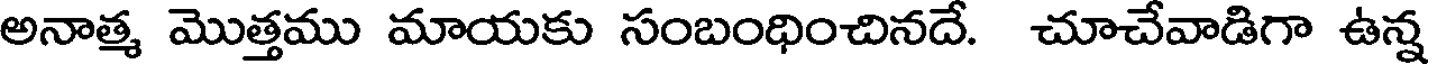
అనాత్మ మొత్తము మాయకు సంబంధించినదే. చూచేవాడిగా ఉన్న